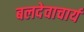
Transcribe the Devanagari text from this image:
बलदेवाचार्य